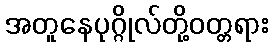
အတူနေပုဂ္ဂိုလ်တို့ဝတ္တရား